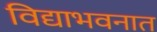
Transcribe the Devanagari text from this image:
विद्याभवनात